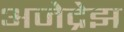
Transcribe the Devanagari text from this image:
अजेद्रेझ